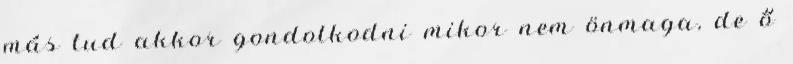
más tud akkor gondolkodni mikor nem önmaga, de ő